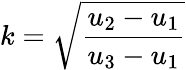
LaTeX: k={\sqrt{\frac{u_{2}-u_{1}}{u_{3}-u_{1}}}}